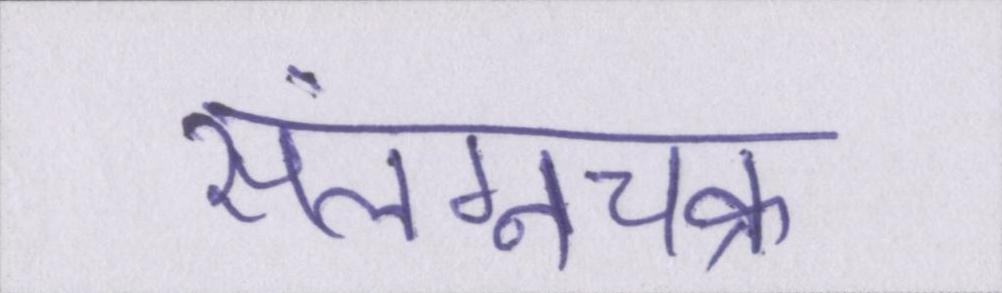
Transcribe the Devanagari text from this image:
संलग्नचक्र